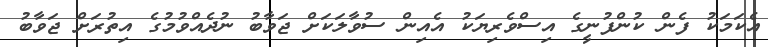
އެކަމަކު ފެން ކުންފުނީގެ އިސްވެރިޔަކު އެއިން ސުވާލަކަށް ޖަވާބު ނުދެއްވުމުގެ އިތުރަށް ޖަވާބު